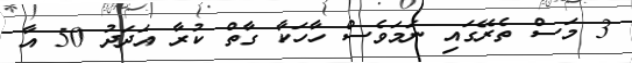
3 މަސް ތެރޭގައި ނަމަވެސް ހާހަކާ ގާތް ކުރާ އަދަދު 50 އާ